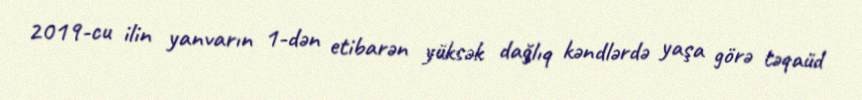
2019-cu ilin yanvarın 1-dən etibarən yüksək dağlıq kəndlərdə yaşa görə təqaüd